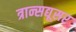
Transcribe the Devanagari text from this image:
त्रान्सद्यूसर